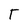
Character: T